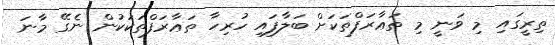
ތިރީގައި މި ވަނީ މި ތަޢާރަފްތަކަށް ބަލާފައި ހުރިހާ ތަޢާރަފްތަކަކުން ނެގޭ މާނަ